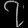
Digit: ၇